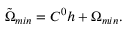
{ \tilde { \Omega } } _ { m i n } = C ^ { 0 } h + \Omega _ { m i n } .